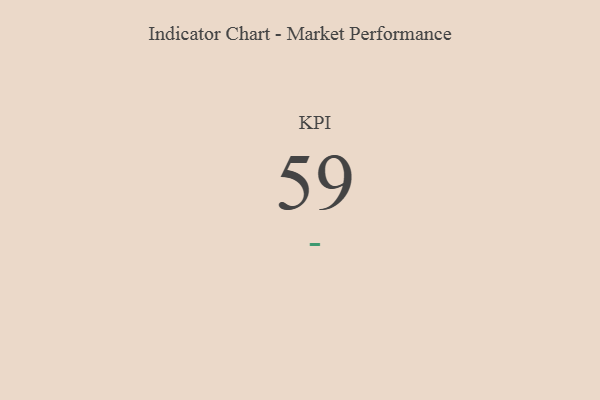
{"axis": {"x": "KPI", "y": "Value"}, "legend": [""], "data": [{"x": "KPI", "y": 59, "type": ""}]}